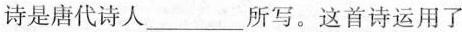
诗是唐代诗人___所写。这首诗运用了